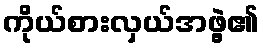
ကိုယ်စားလှယ်အဖွဲ့၏